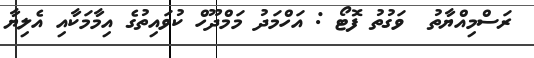
ރަސްމިއްޔާތު  ވަގުތު ފޮޓޯ : އަހްމަދު މަމްދޫހް ކުވައިތުގެ އިމާމަކާއި އެލިޔާ